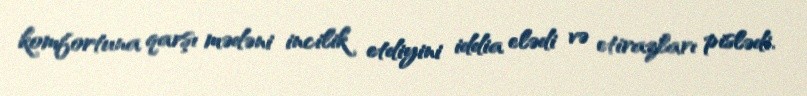
komfortuna qarşı mədəni incilik etdiyini iddia elədi və etirazları pislədi.